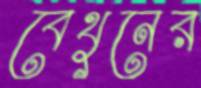
বেথুনের